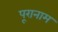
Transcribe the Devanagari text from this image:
पूरानाम